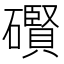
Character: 礥